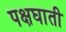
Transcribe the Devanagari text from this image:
पक्षघाती